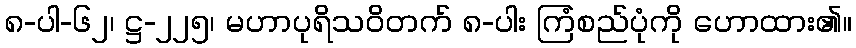
၈-ပါ-၆၂၊ ဋ္ဌ-၂၂၅၊ မဟာပုရိသဝိတက် ၈-ပါး ကြံစည်ပုံကို ဟောထား၏။